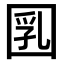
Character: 𡇲